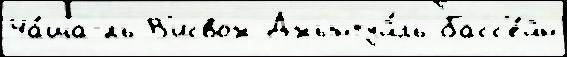
Ча́ща-́ль В'исвож Джынтуй́ль басс'е́йн